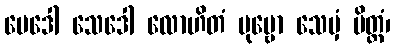
မေဒေါ သေဒေါ လောဟိတံ ပုဗ္ဗော သေမှံ ပိတ္တံ၊